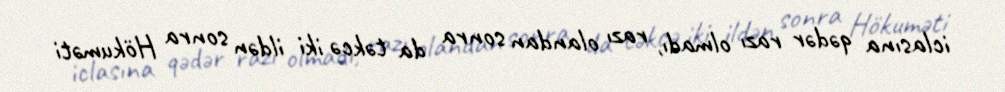
iclasına qədər razı olmadı, razı olandan sonra da təkcə iki ildən sonra Hökuməti